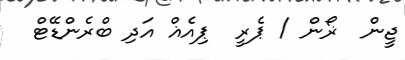
ޖީން  ޜޯން / ޕެރީ  ޕިއެޣް އަދި ބްރެންޑޭޓް